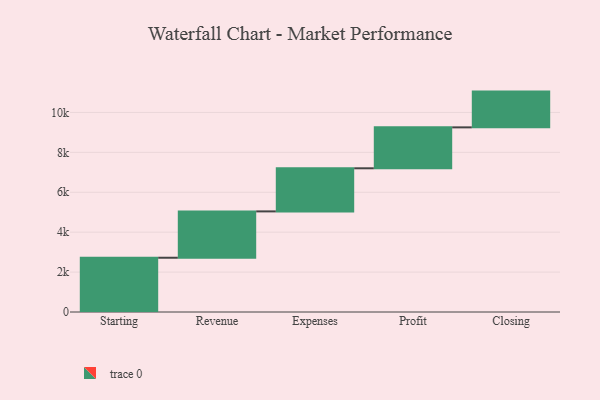
{"axis": {"x": "Step", "y": "Value"}, "legend": [""], "data": [{"x": "Starting", "y": 2719.0, "type": ""}, {"x": "Revenue", "y": 2323.0, "type": ""}, {"x": "Expenses", "y": 2160.0, "type": ""}, {"x": "Profit", "y": 2051.0, "type": ""}, {"x": "Closing", "y": 1792.0, "type": ""}]}